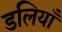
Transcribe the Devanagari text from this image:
डलियाँ